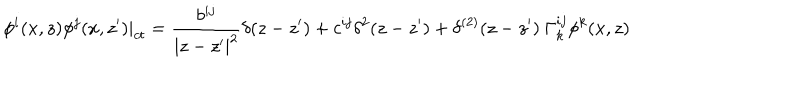
\phi ^ { i } ( x , z ) \phi ^ { j } ( x , z ^ { \prime } ) | _ { c t } = \frac { b ^ { i j } } { | z - z ^ { \prime } | ^ { 2 } } \delta ( z - z ^ { \prime } ) + c ^ { i j } \delta ^ { 2 } ( z - z ^ { \prime } ) + \delta ^ { ( 2 ) } ( z - z ^ { \prime } ) \ \Gamma _ { k } ^ { i j } \phi ^ { k } ( x , z )